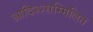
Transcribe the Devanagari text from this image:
आदिश्श्सम्मिलित